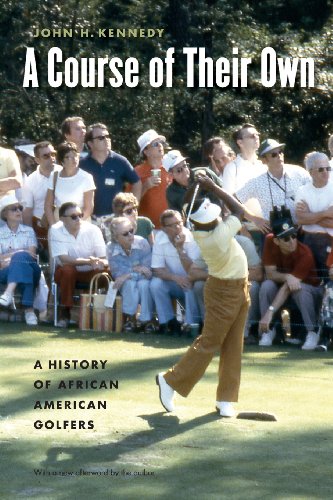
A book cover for A Course of Their Own: A History of African American Golfers; John H. Kennedy; Biographies & Memoirs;